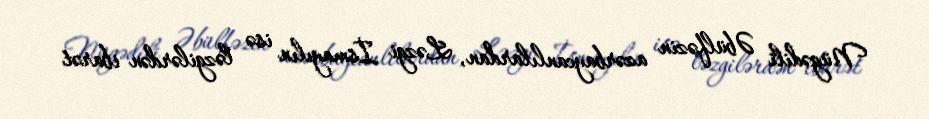
Nügədili Əbülfəzin azərbaycanlılardan, Ləzgi İsmayılın isə ləzgilərdən ibarət